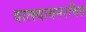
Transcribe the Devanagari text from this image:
वात्स्यायनरचित